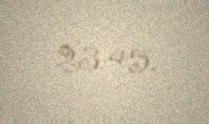
23:45.